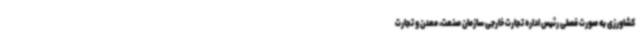
کشاورزی به صورت فصلی رئیس اداره تجارت خارجی سازمان صنعت، معدن و تجارت